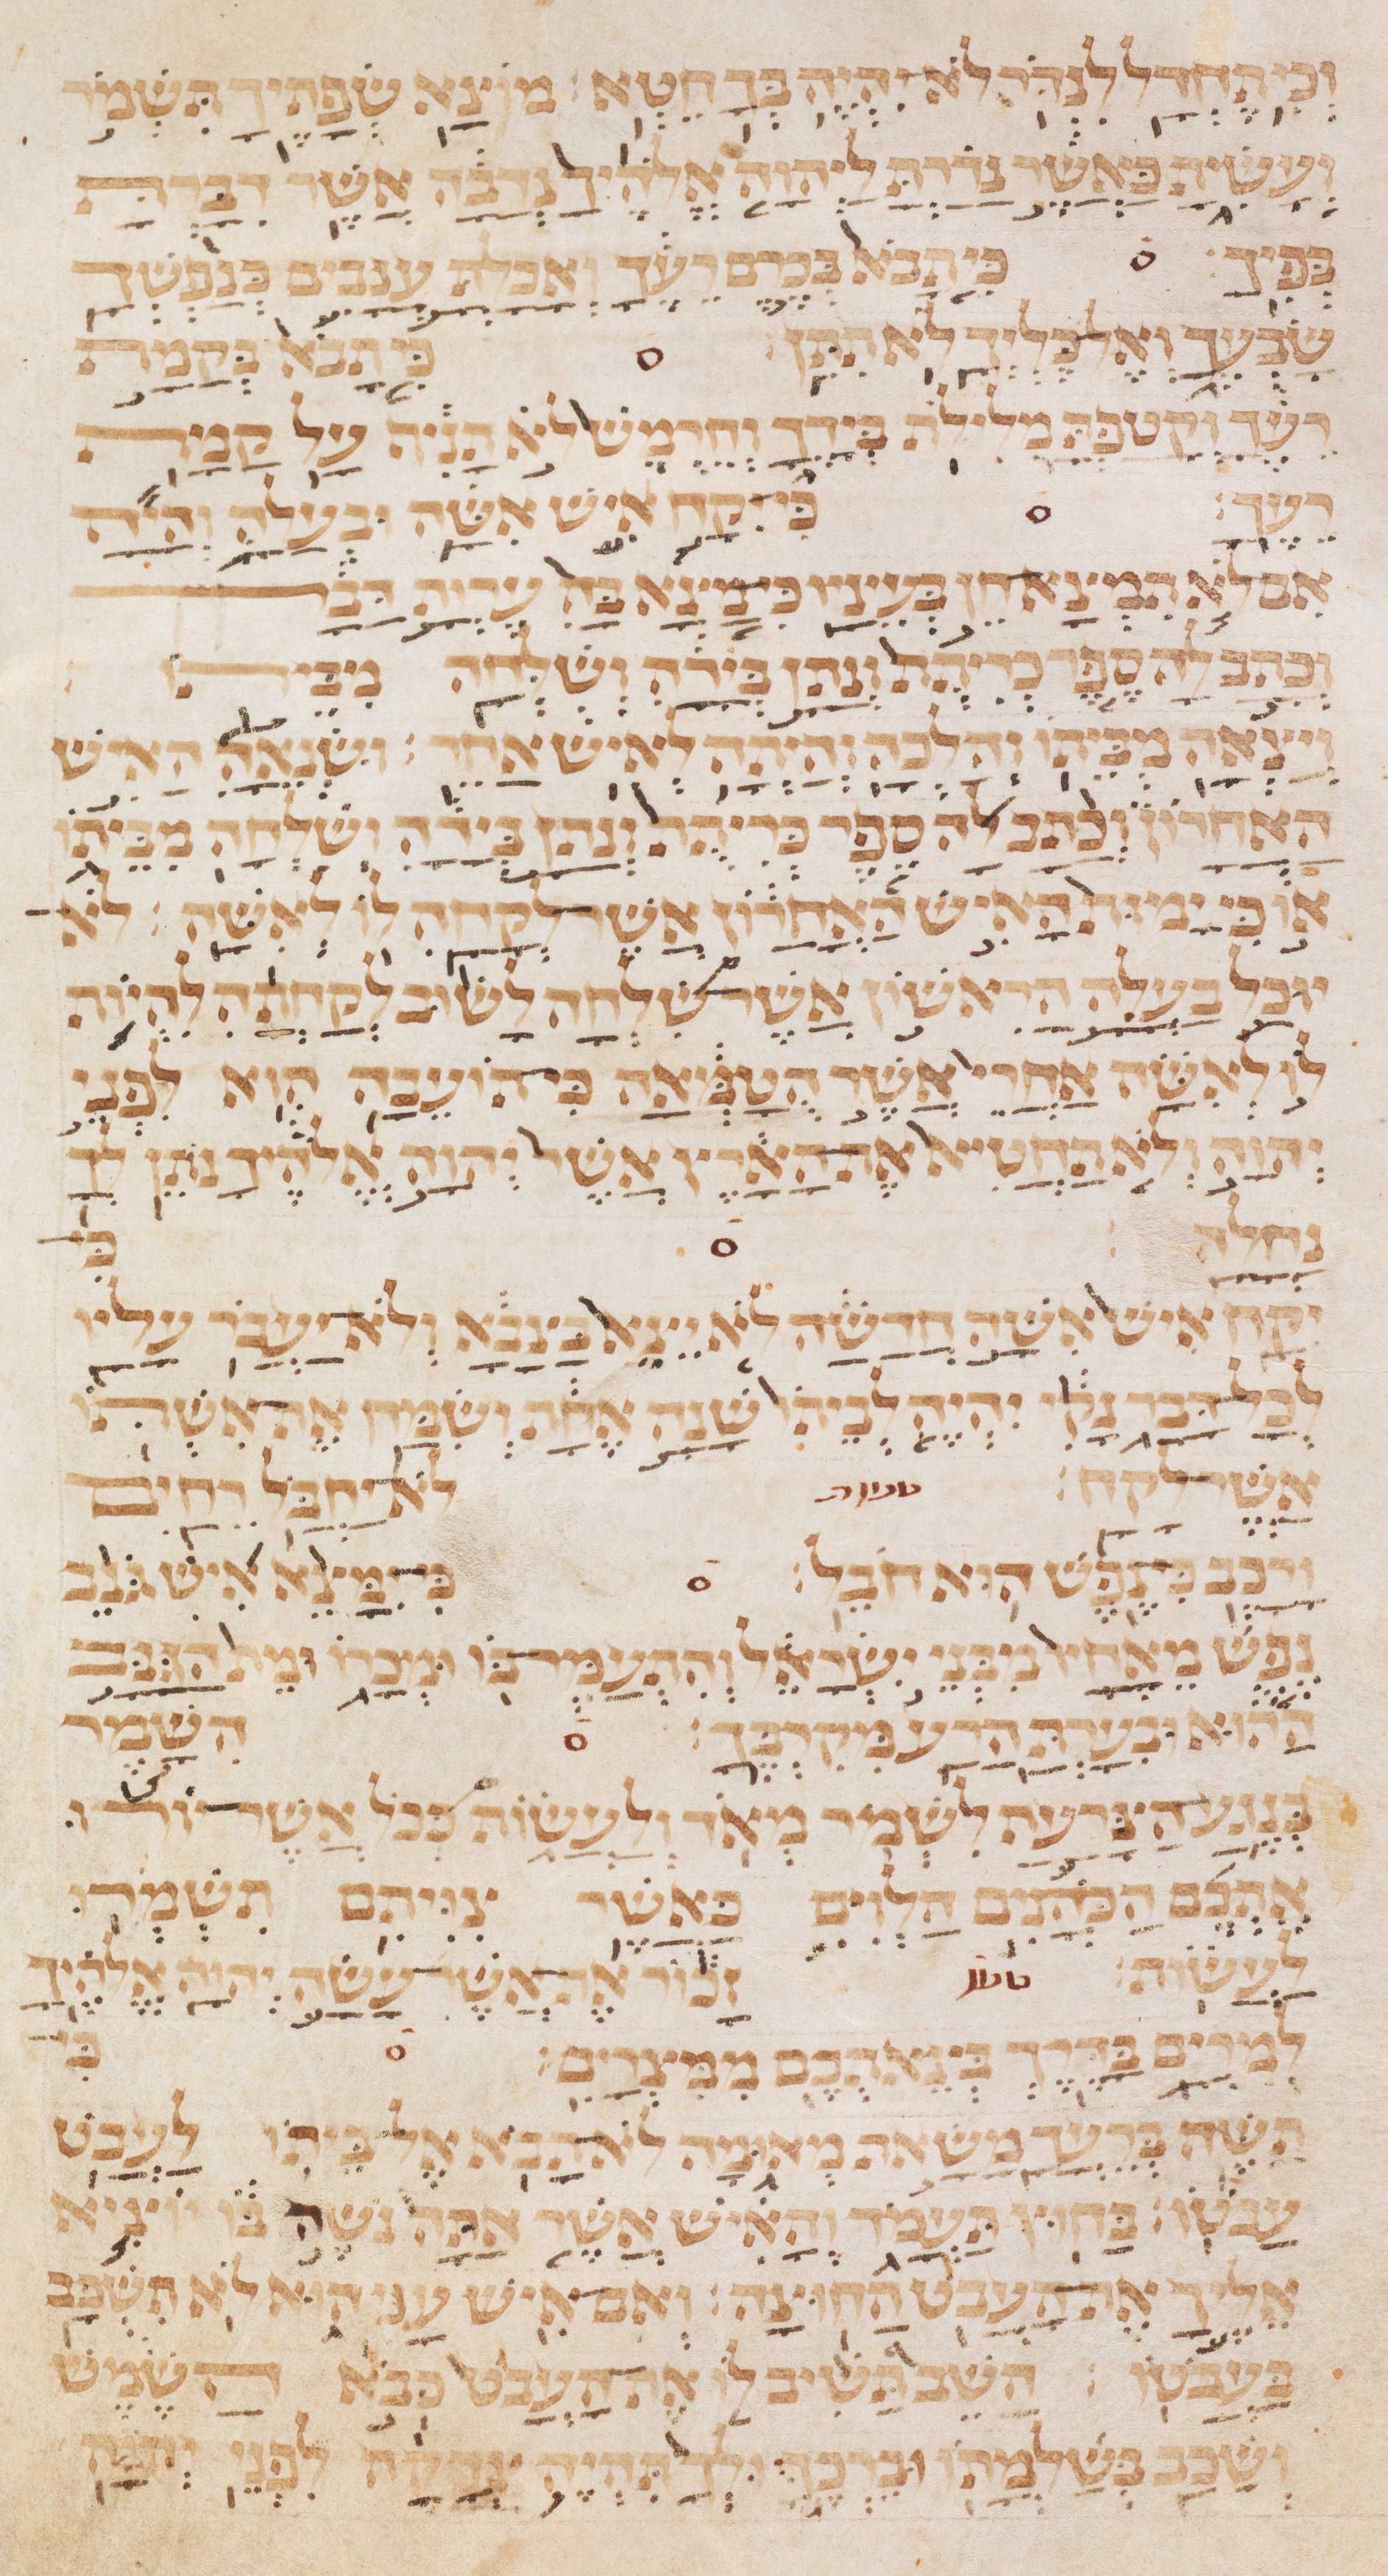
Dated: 1235–1255